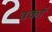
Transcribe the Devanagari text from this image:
वर्का